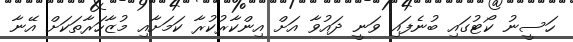
ހަސީނު ކޯޓުގައި ބުނެފައި ވަނީ ދައުވާ އަށް އިންކާރުކުރާ ކަމަށާއި މުޒާހަރާތަކަށް އޭނާ